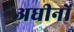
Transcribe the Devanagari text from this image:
अधीनों